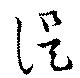
諟